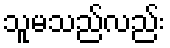
သူမသည်လည်း